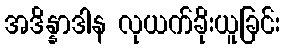
အဒိန္နာဒါန လုယက်ခိုးယူခြင်း